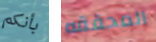
بأنكم المحققه